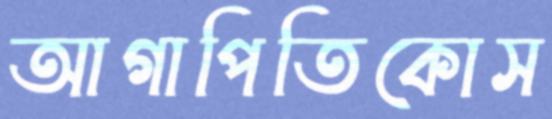
আগাপিতিকোস